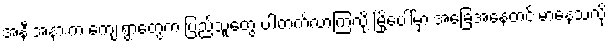
အနီးအနားက ကျေးရွာတွေက ပြည်သူတွေ ပါတက်လာကြလို့ မြို့ပေါ်မှာ အခြေအနေတင်းမာနေသလို